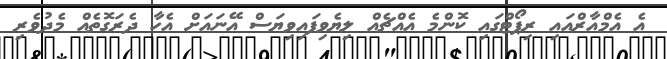
އެ އެމްއާރްއައި ރިޕޯޓްގައި ކޮންމެ އެއްޗެއް ލިޔެވިފައިވިޔަސް އޭނައަށް އެހާ ދެރަގޮތެއް މެދުވެރި